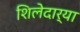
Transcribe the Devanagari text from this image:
शिलेदार्‍या